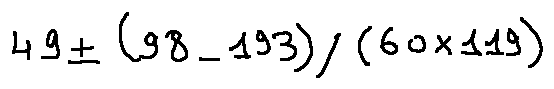
4 9 \pm ( 9 8 - 1 9 3 ) / ( 6 0 \times 1 1 9 )